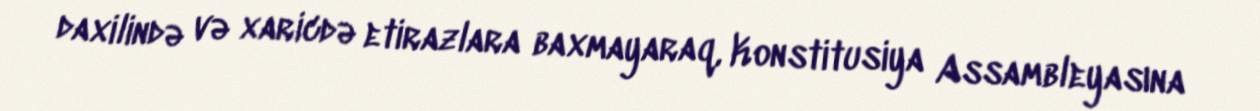
daxilində və xaricdə etirazlara baxmayaraq, Konstitusiya Assambleyasına